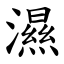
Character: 濕